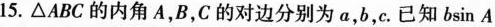
15.\bigtriangleup ABC 的内角A，B，C的对边分别为a，b，c。已知$$b sin A